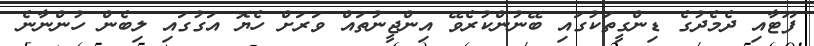
ފޫޓާއި ދެމެދުގެ ޑިންގީތަކުގައި ބޭނުންކުރެވޭ އިންޖީނުތައް ވަރަށް ހެޔޮ އަގުގައި ލިބެން ހުންނާނެ